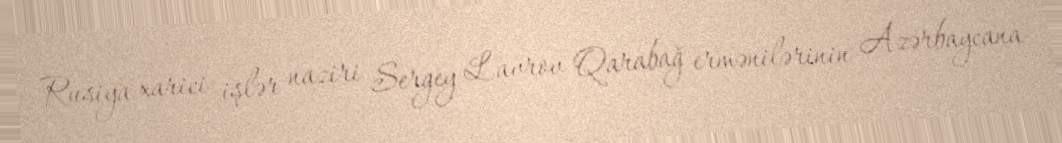
Rusiya xarici işlər naziri Sergey Lavrov Qarabağ ermənilərinin Azərbaycana